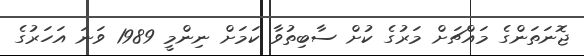
ޖޮނަތަންގެ މައްޗަށް މަރުގެ ކުށް ސާބިތުވާ ކަމަށް ނިންމީ 1989 ވަނަ އަހަރުގެ